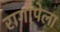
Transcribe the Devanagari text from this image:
रागापेला